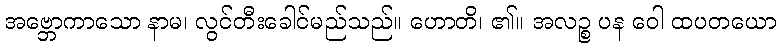
အဗ္ဘောကာသော နာမ၊ လွင်တီးခေါင်မည်သည်။ ဟောတိ၊ ၏။ အလဉ္စ ပန ဝေါ ထပတယော